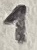
Text: 1